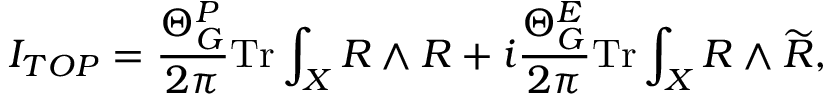
I _ { T O P } = \frac { \Theta _ { G } ^ { P } } { 2 \pi } \mathrm { T r } \int _ { X } R \wedge R + i \frac { \Theta _ { G } ^ { E } } { 2 \pi } \mathrm { T r } \int _ { X } R \wedge \widetilde { R } ,